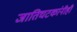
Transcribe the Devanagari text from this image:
जातिघटकांनीही